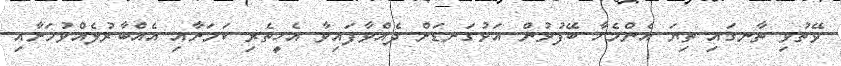
ވޭތުވި ތާނގައި ތިޔަ އެންމެހާ ބޭފުޅުން އަޅުގަނޑަށް ދެއްވާފައިވާ އެހީތެރި ކަމަށާއި އެއްބާރުލެއްވުމަށާއި